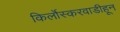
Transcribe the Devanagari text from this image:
किर्लोस्करवाडीहून